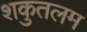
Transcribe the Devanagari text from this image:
शकुतलम